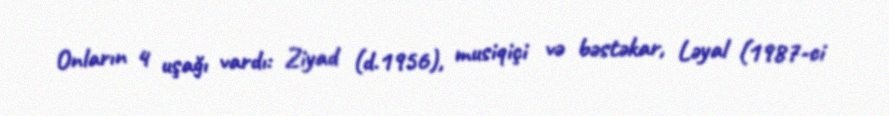
Onların 4 uşağı vardı: Ziyad (d.1956), musiqiçi və bəstəkar, Ləyal (1987-ci